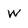
Character: W